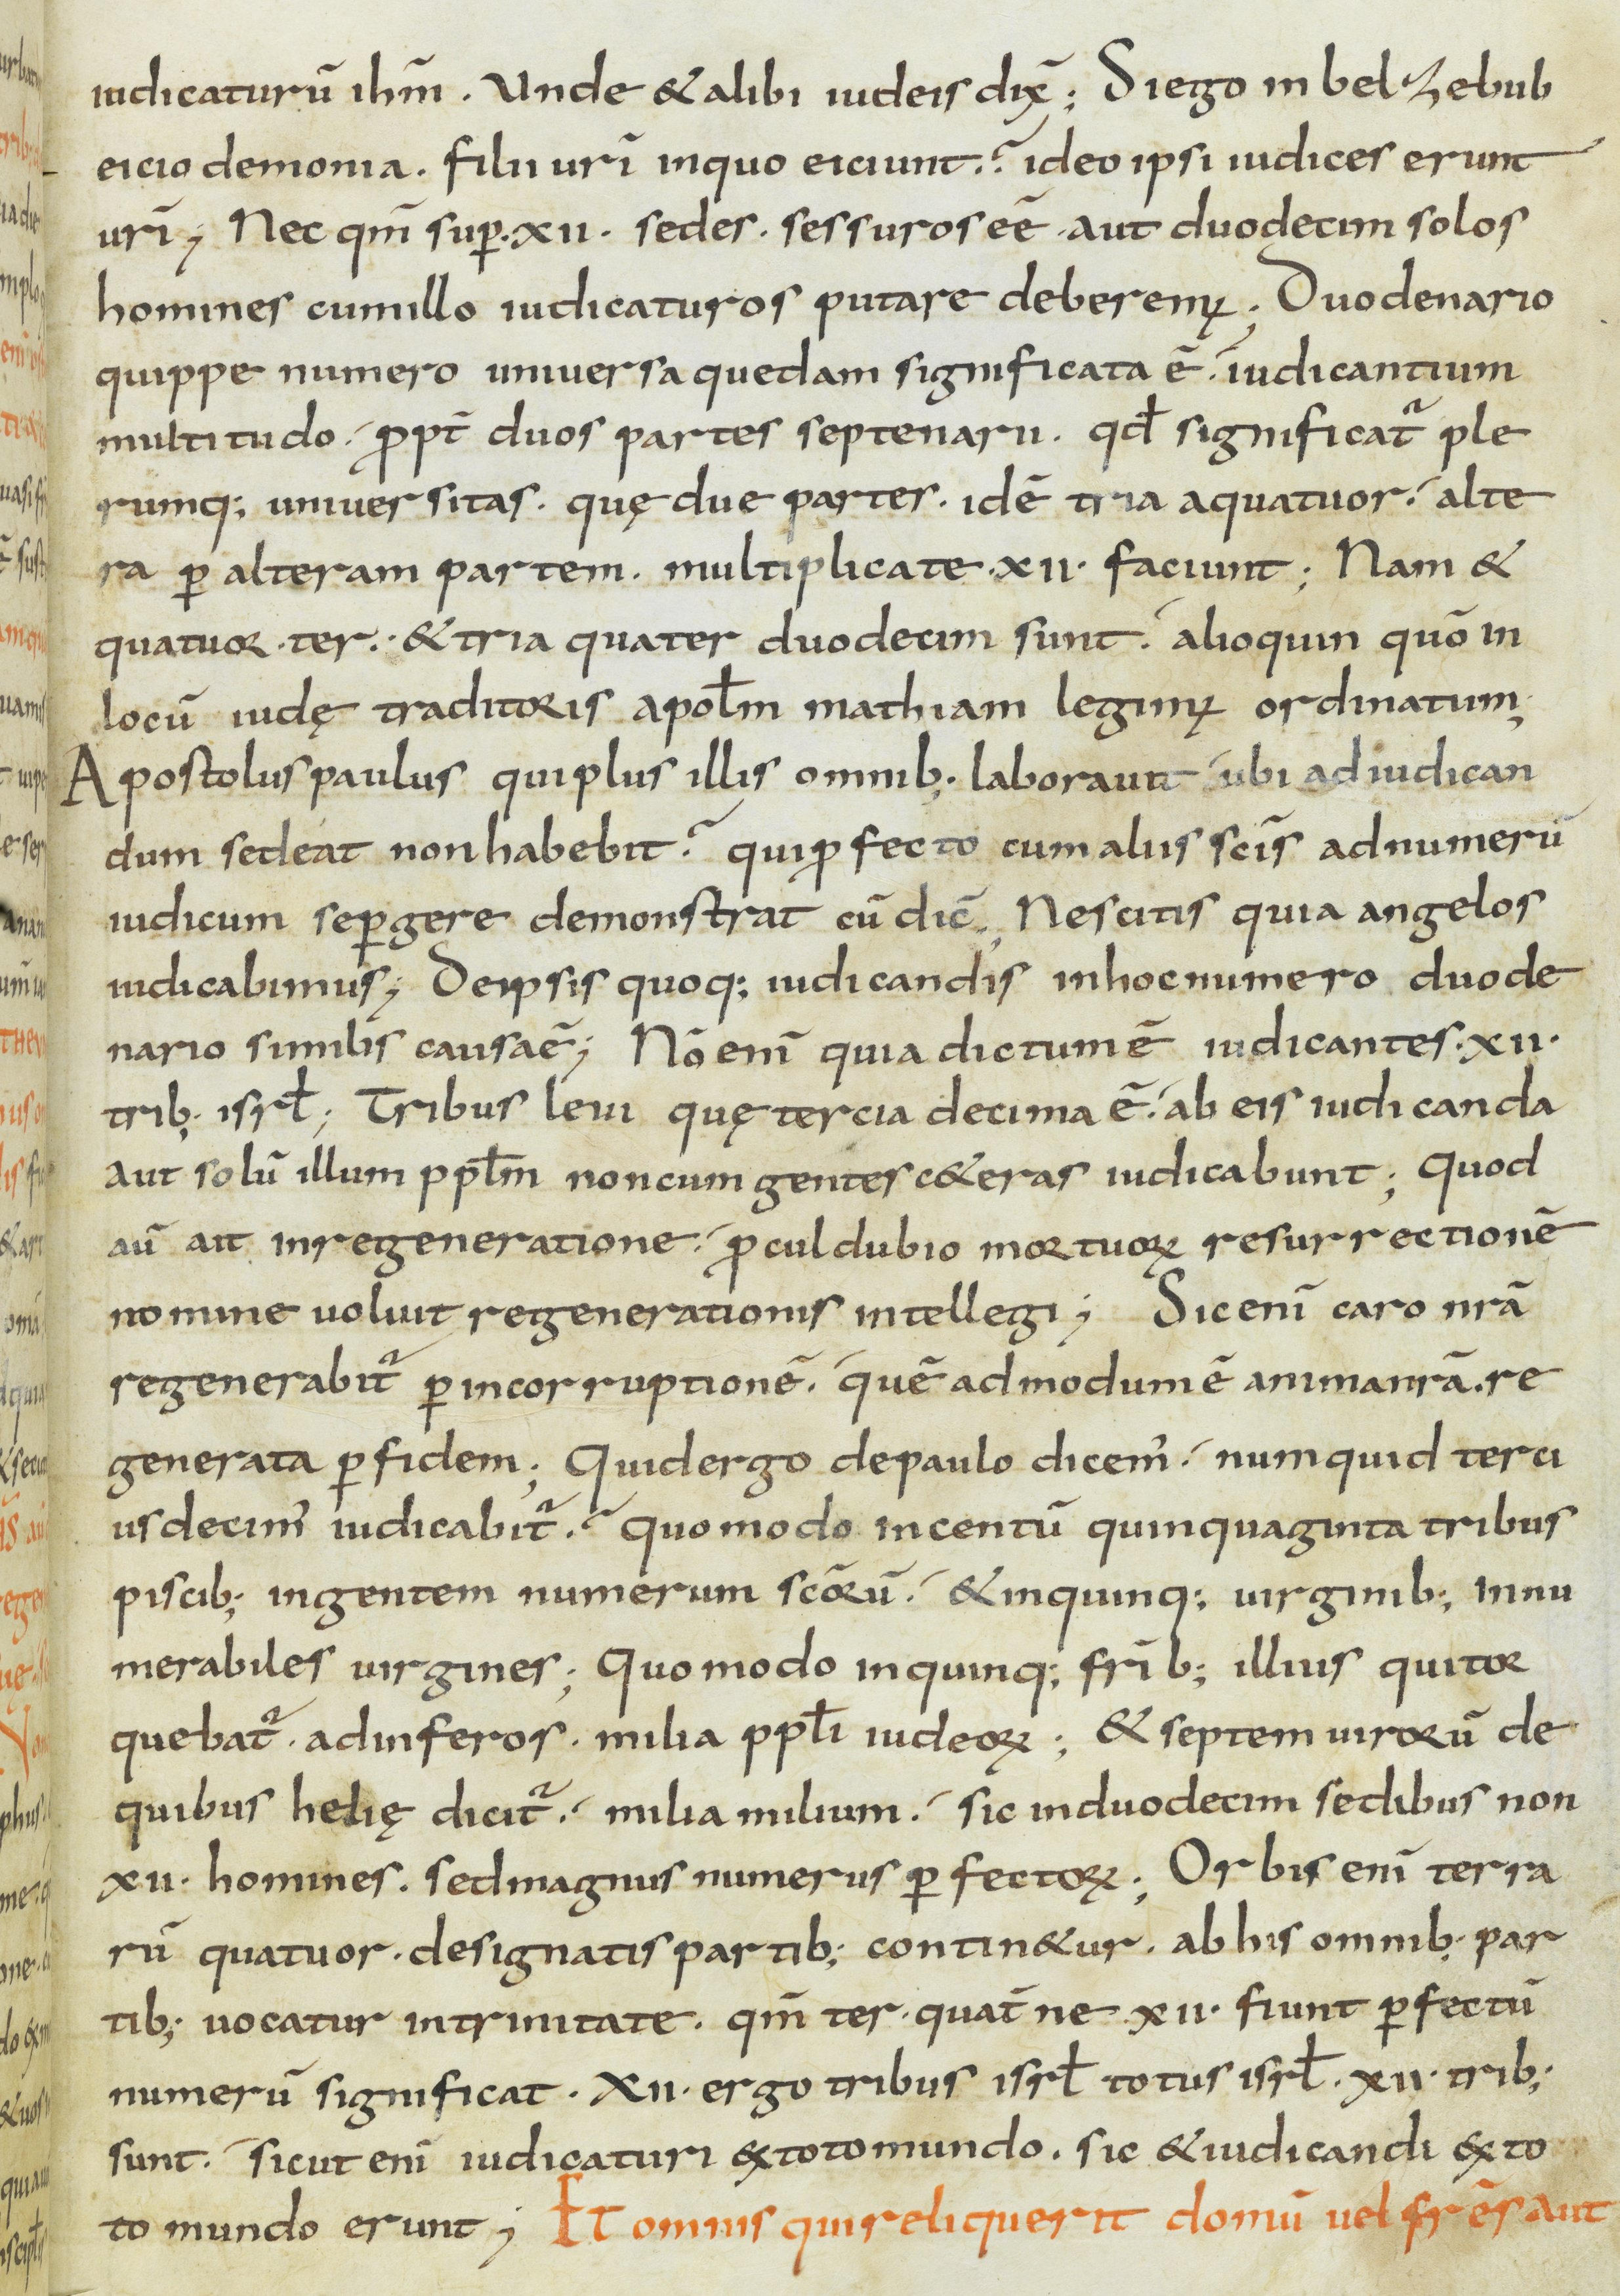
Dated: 800–899